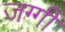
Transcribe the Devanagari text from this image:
जग्‍गी